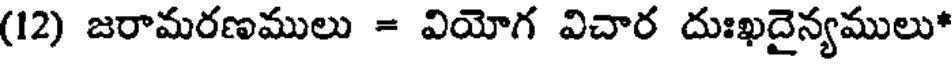
(12) జరామరణములు = వియోగ విచార దుఃఖదైన్యములు*